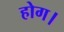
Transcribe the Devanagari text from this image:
होग।